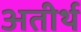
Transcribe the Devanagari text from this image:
अतीर्थ